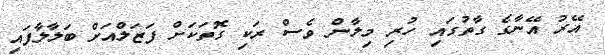
އޭރު އޭނާގެ ގާތުގައި ހުރި މިލާން ވެސް ރަކި ގޮތަކަށް ފަޒަލްއަށް ބަލާލާފައި